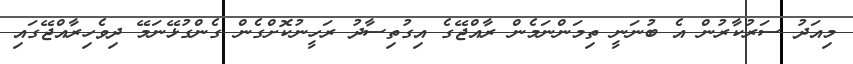
މިއަދު ސަރުކާރުން އެ ބުނަނީ ތިމަންނަމެން ރާއްޖޭގެ އިގުތިސާދު ރަހީނުކޮށްގެން ގެންގުޅޭނަމޭ ދިވެހިރާއްޖޭގައި